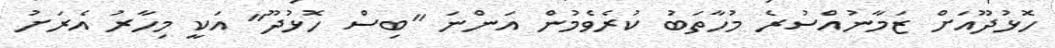
ހޮޅުދޫއަށް ޒަމާނުއްސުރެ މުހާތަބު ކުރެވެމުން އަންނަ "ބިސް ހޮޅުދޫ" އަކީ މިހާރު އެރަށު